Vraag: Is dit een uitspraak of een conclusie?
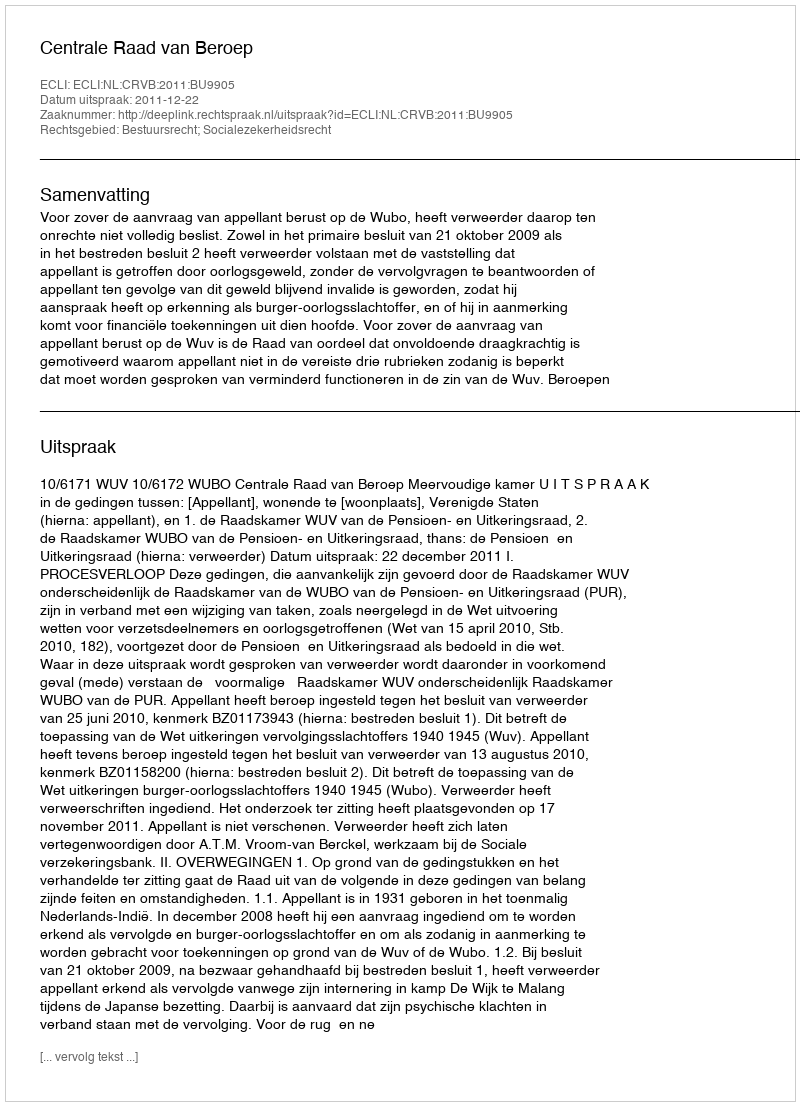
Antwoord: Uitspraak